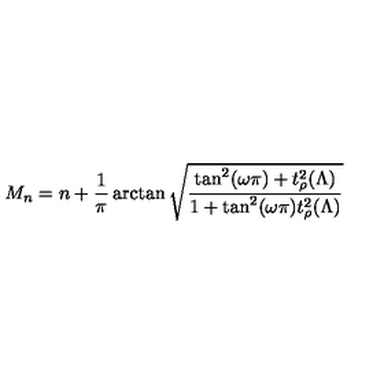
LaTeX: M _ { n } = n + \frac { 1 } { \pi } \arctan \sqrt { \frac { \tan ^ { 2 } ( \omega \pi ) + t _ { \rho } ^ { 2 } ( \Lambda ) } { 1 + \tan ^ { 2 } ( \omega \pi ) t _ { \rho } ^ { 2 } ( \Lambda ) } }